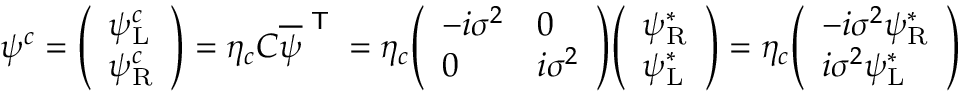
\psi ^ { c } = { \left( \begin{array} { l } { \psi _ { \mathrm { L } } ^ { c } } \\ { \psi _ { \mathrm { R } } ^ { c } } \end{array} \right) } = \eta _ { c } C { \overline { { \psi } } } ^ { \textsf { T } } = \eta _ { c } { \left( \begin{array} { l l } { - i \sigma ^ { 2 } } & { 0 } \\ { 0 } & { i \sigma ^ { 2 } } \end{array} \right) } { \left( \begin{array} { l } { \psi _ { \mathrm { R } } ^ { * } } \\ { \psi _ { \mathrm { L } } ^ { * } } \end{array} \right) } = \eta _ { c } { \left( \begin{array} { l } { - i \sigma ^ { 2 } \psi _ { \mathrm { R } } ^ { * } } \\ { i \sigma ^ { 2 } \psi _ { \mathrm { L } } ^ { * } } \end{array} \right) }